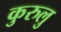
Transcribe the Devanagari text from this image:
कुरुलु